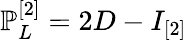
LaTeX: \mathbb{P}_{L}^{[2]}=2D-I_{[2]}